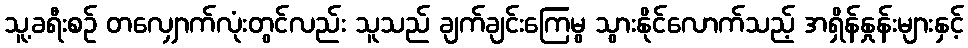
သူ့ခရီးစဉ် တလျှောက်လုံးတွင်လည်း သူသည် ချက်ချင်းကြေမွ သွားနိုင်လောက်သည့် အရှိန်နှုန်းများနှင့်